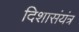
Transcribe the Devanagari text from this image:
दिशासंयंत्र